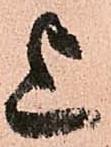
上